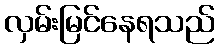
လှမ်းမြင်နေရသည်